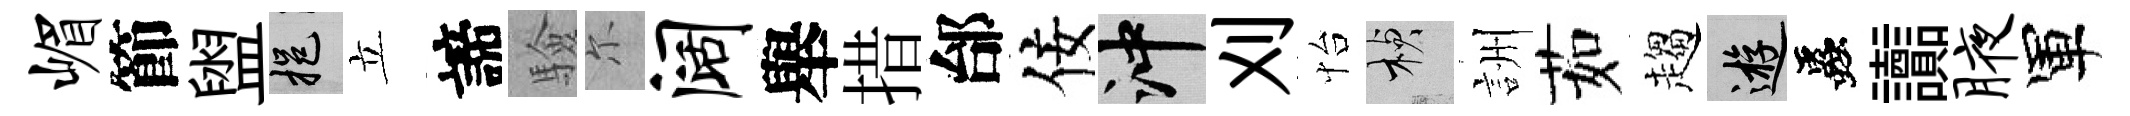
嵋節盥挹立諦驗尓阔舉措邰佞冲刈怡楨詶茹趨游蟲讟腋軍